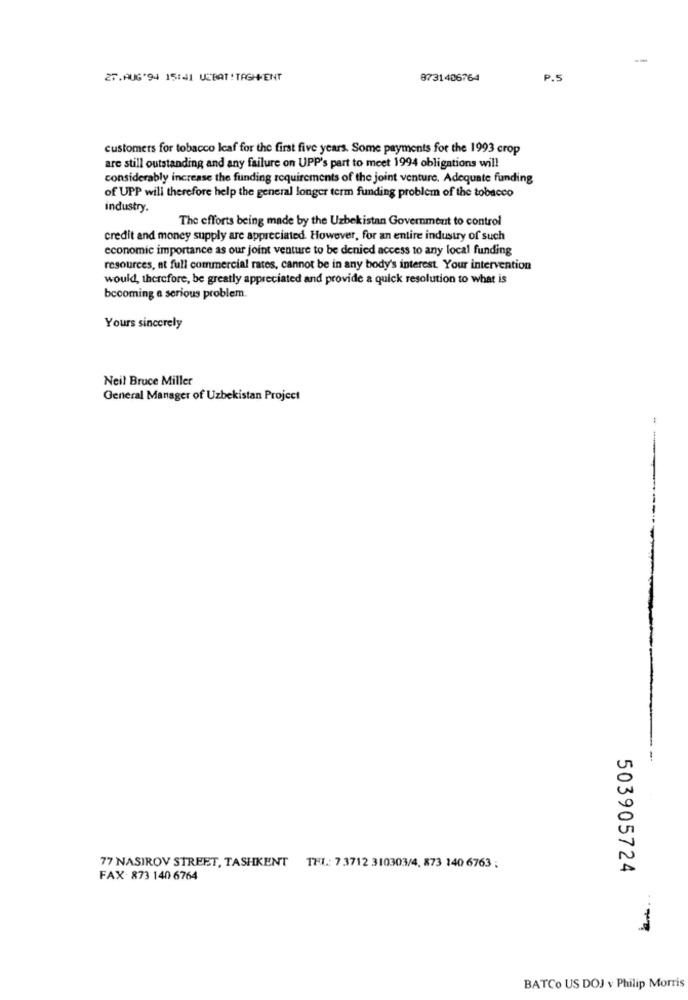
--
27.AUG'94 15:41 USBAT!TAGHMENT
8731406764
P.S
customers for tobacco leaf for the first five years. Some payments for the 1993 crop
are still outstanding and any failure on UPP's part to meet 1994 obligations will
considerably increase the funding requirements of the joint venture. Adequate funding
of UPP will therefore help the general longer term funding problem of the tobacco
industry.
The efforts being made by the Uzbekistan Government to control
credit and money supply are appreciated. However, for an entire industry of such
economic importance as our joint venture to be denied access to any local funding
resources, at full commercial rates, cannot be in any body's interest. Your intervention
would, therefore, be greatly appreciated and provide a quick resolution to what is
becoming a serious problem.
Yours sincerely
Neil Bruce Miller
General Manager of Uzbekistan Project
77 NASIROV STREET, TASHKENT TEL: 7 3712 310303/4, 873 140 6763 ;
503905724
FAX : 873 140 6764
BATCo US DOJ v Philip Morris